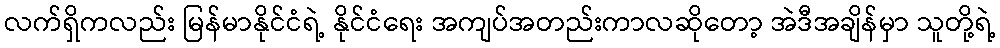
လက်ရှိကလည်း မြန်မာနိုင်ငံရဲ့ နိုင်ငံရေး အကျပ်အတည်းကာလဆိုတော့ အဲဒီအချိန်မှာ သူတို့ရဲ့